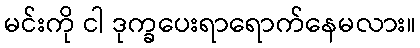
မင်းကို ငါ ဒုက္ခပေးရာရောက်နေမလား။